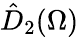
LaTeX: \hat{D}_{2}(\Omega)